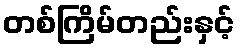
တစ်ကြိမ်တည်းနှင့်